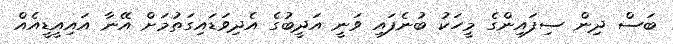
ބަސް ދިން ސިފައިންގެ މީހަކު ބުނެފައި ވަނީ އަދީބުގެ އެދިވަޑައިގަތުމަށް އޭނާ އައިއީޑީއެއް